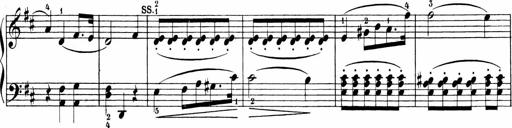
Title: Sonatinen Op.47, 98 und 136, nebst 6 Liedersonatinen
Composer: Carl Reinecke